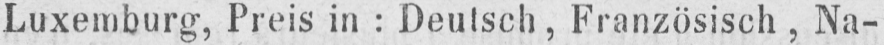
Luxemburg, Preis in: Deutsch, Französisch, Na-